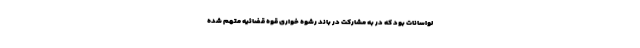
لواسانات بود که در به مشارکت در باند رشوه خواری قوه قضائیه متهم شده